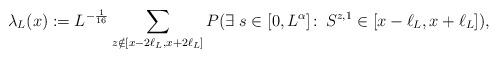
LaTeX: \begin{align*}\lambda_L(x) := L^{-\frac{1}{16}} \sum_{z \notin [x- 2 \ell_L, x+ 2\ell_L]} P( \exists\; s \in [0,L^\alpha] \colon\, S^{z,1} \in [x-\ell_L, x+ \ell_L] ),\end{align*}